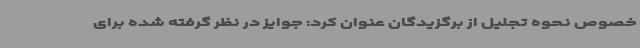
خصوص نحوه تجلیل از برگزیدگان عنوان کرد: جوایز در نظر گرفته شده برای